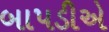
બાપડીએ